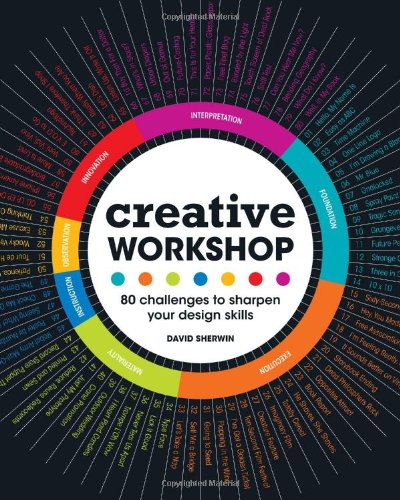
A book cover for Creative Workshop: 80 Challenges to Sharpen Your Design Skills; David Sherwin; Arts & Photography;